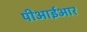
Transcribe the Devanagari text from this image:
पीआईआर